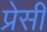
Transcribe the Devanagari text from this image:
प्रेसी